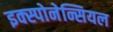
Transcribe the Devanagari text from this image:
इक्स्पोनेन्सियल